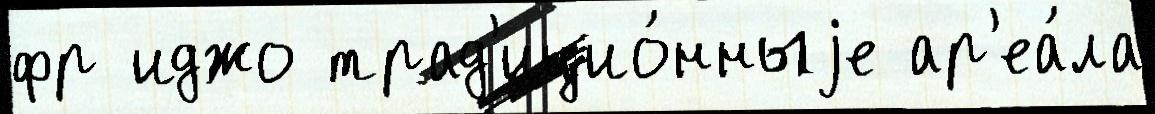
фр иджо трад'ицио́нныjе ар'еа́ла